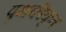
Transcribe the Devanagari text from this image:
पृथकीकृत